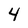
Character: 4